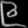
Digit: ၉